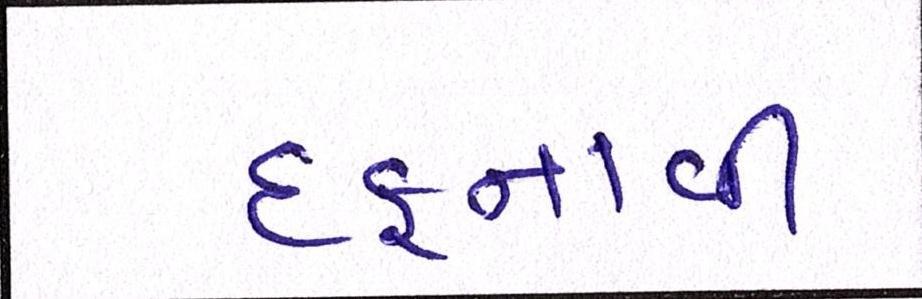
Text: દફનાવી